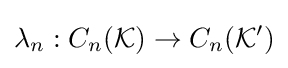
\lambda _{n}:C_{n}({\mathcal {K}})\rightarrow C_{n}({\mathcal {K'}})